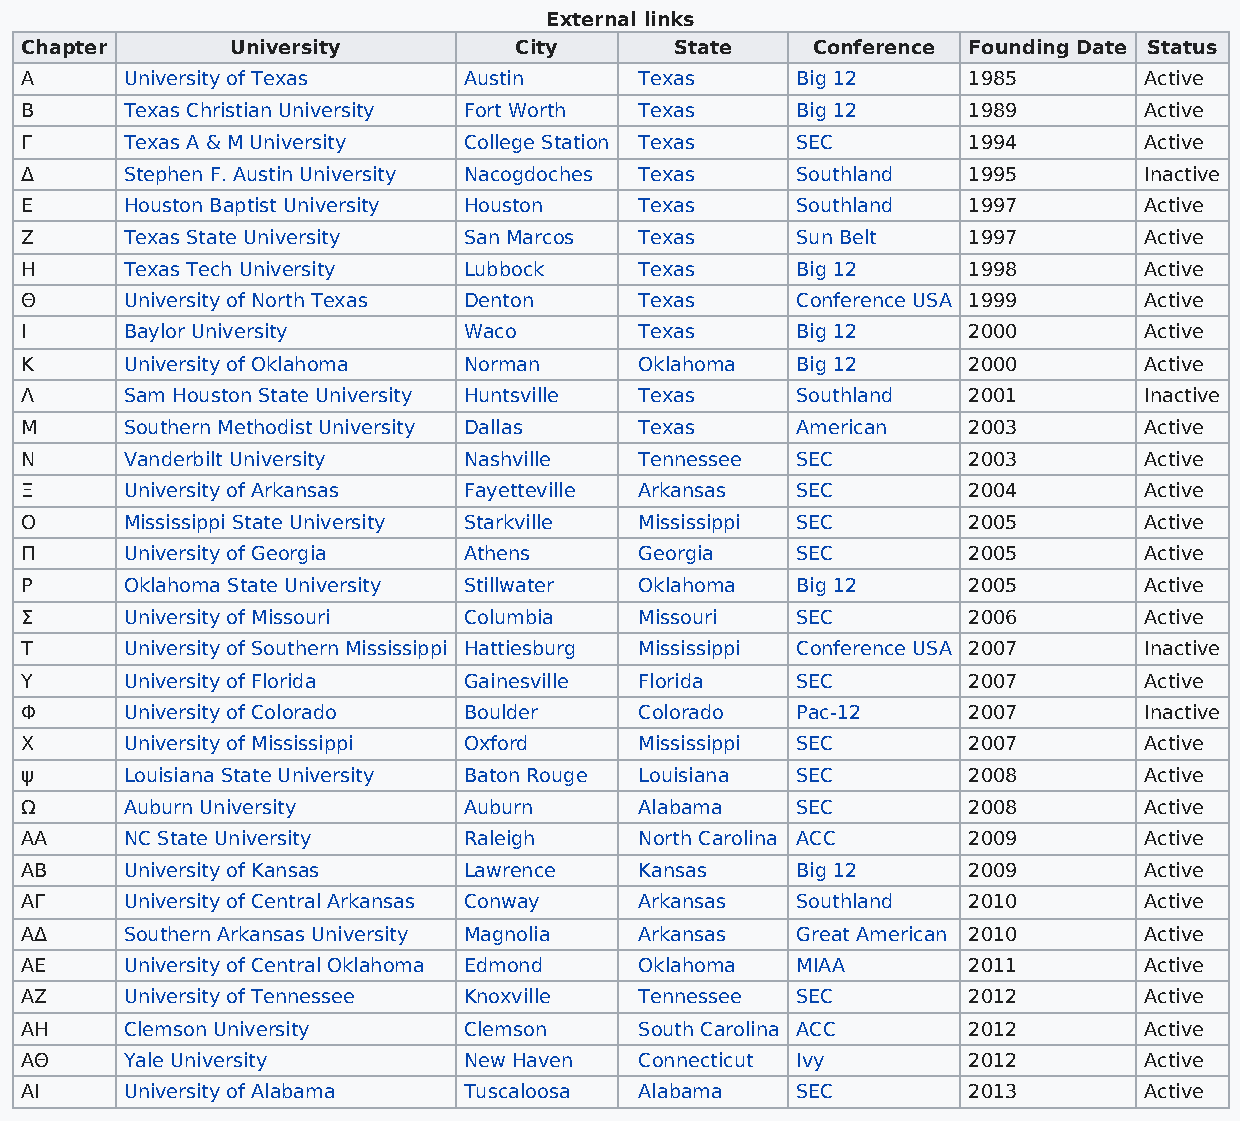
External links
 Chapter       University         City       State    Conference Founding Date Status
 Α      University of Texas    Austin     Texas      Big 12     1985        Active
 Β      Texas Christian University Fort Worth Texas  Big 12     1989        Active
 Γ      Texas A & M University College Station Texas SEC        1994        Active
 Δ      Stephen F. Austin University Nacogdoches Texas Southland 1995       Inactive
 Ε      Houston Baptist University Houston Texas     Southland  1997        Active
 Ζ      Texas State University San Marcos Texas      Sun Belt   1997        Active
 Η      Texas Tech University  Lubbock    Texas      Big 12     1998        Active
 Θ      University of North Texas Denton  Texas      Conference USA 1999    Active
 Ι      Baylor University      Waco       Texas      Big 12     2000        Active
 Κ      University of Oklahoma Norman     Oklahoma   Big 12     2000        Active
 Λ      Sam Houston State University Huntsville Texas Southland 2001        Inactive
 Μ      Southern Methodist University Dallas Texas   American   2003        Active
 Ν      Vanderbilt University  Nashville  Tennessee  SEC        2003        Active
 Ξ      University of Arkansas Fayetteville Arkansas SEC        2004        Active
 Ο      Mississippi State University Starkville Mississippi SEC 2005        Active
 Π      University of Georgia  Athens     Georgia    SEC        2005        Active
 Ρ      Oklahoma State University Stillwater Oklahoma Big 12    2005        Active
 Σ      University of Missouri Columbia   Missouri   SEC        2006        Active
 Τ      University of Southern Mississippi Hattiesburg Mississippi Conference USA 2007 Inactive
 Υ      University of Florida  Gainesville Florida   SEC        2007        Active
 Φ      University of Colorado Boulder    Colorado   Pac-12     2007        Inactive
 Χ      University of Mississippi Oxford  Mississippi SEC       2007        Active
 ψ      Louisiana State University Baton Rouge Louisiana SEC    2008        Active
 Ω      Auburn University      Auburn     Alabama    SEC        2008        Active
 ΑΑ     NC State University    Raleigh    North Carolina ACC    2009        Active
 ΑΒ     University of Kansas   Lawrence   Kansas     Big 12     2009        Active
 ΑΓ     University of Central Arkansas Conway Arkansas Southland 2010       Active
 ΑΔ     Southern Arkansas University Magnolia Arkansas Great American 2010  Active
 ΑE     University of Central Oklahoma Edmond Oklahoma MIAA     2011        Active
 AZ     University of Tennessee Knoxville Tennessee  SEC        2012        Active
 ΑH     Clemson University     Clemson    South Carolina ACC    2012        Active
 ΑΘ     Yale University        New Haven  Connecticut Ivy       2012        Active
 ΑI     University of Alabama  Tuscaloosa Alabama    SEC        2013        Active